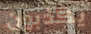
يكذبون